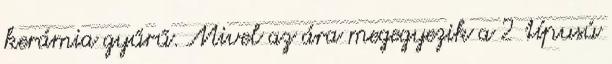
kerámia gyűrű. Mivel az ára megegyezik a 2 típusú